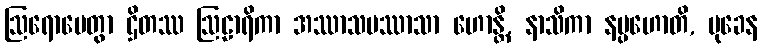
ဩရောပေတွာ ဌိတဿ ဩဠာရိကာ အဿာသပဿာသာ ဟောန္တိ, နာသိကာ နပ္ပဟောတိ, မုခေန